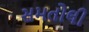
સમતોલી